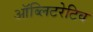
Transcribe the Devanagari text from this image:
ऑब्लिटरेटिव